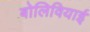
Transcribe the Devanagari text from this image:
बोलिवियाई